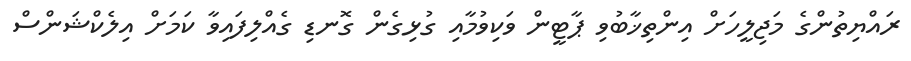
ރައްޔިތުންގެ މަޖިލީހަށް އިންތިޚާބުވި ޕާޓީން ވަކިވުމާއި ގުޅިގެން ގޮނޑި ގެއްލިފައިވާ ކަމަށް އިލެކްޝަންސް